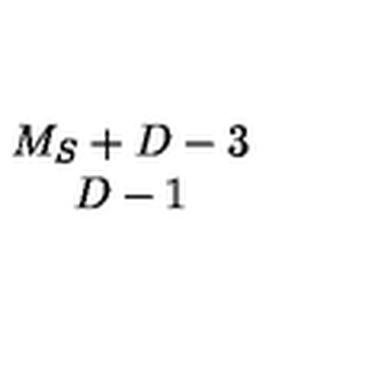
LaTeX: \begin{array} { c } { M _ { S } + D - 3 } \\ { D - 1 } \\ \end{array}